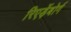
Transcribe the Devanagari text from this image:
रिएड़ेंबोर्ग